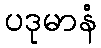
ပဒုမာနံ